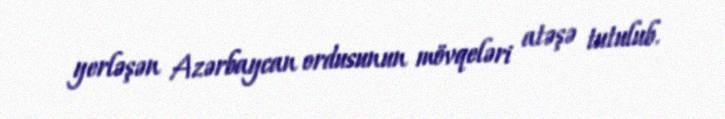
yerləşən Azərbaycan ordusunun mövqeləri atəşə tutulub.